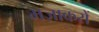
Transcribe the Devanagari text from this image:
मज़ाकरों